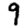
Digit: 9